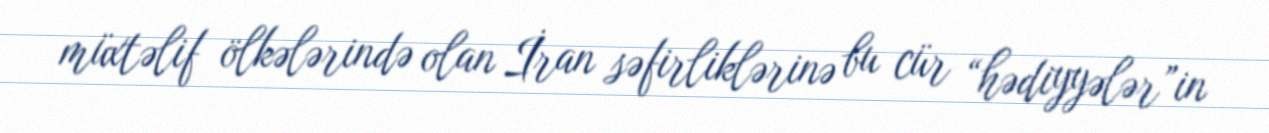
müxtəlif ölkələrində olan İran səfirliklərinə bu cür “hədiyyələr”in